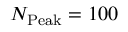
N _ { \mathrm { P e a k } } = 1 0 0